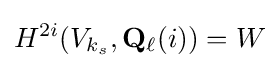
H^{2i}(V_{k_{s}},\mathbf {Q} _{\ell }(i))=W